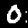
Label: 0